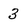
Character: 3